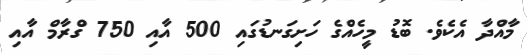
މާއްދާ އެކެވެ. ބޮޑު މީހެއްގެ ހަށިގަނޑުގައި 500 އާއި 750 ގްރާމް އާއި